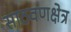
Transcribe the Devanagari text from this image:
साठवणक्षेत्र